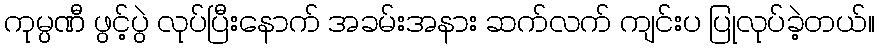
ကုမ္ပဏီ ဖွင့်ပွဲ လုပ်ပြီးနောက် အခမ်းအနား ဆက်လက် ကျင်းပ ပြုလုပ်ခဲ့တယ်။